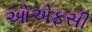
ઓએફસી